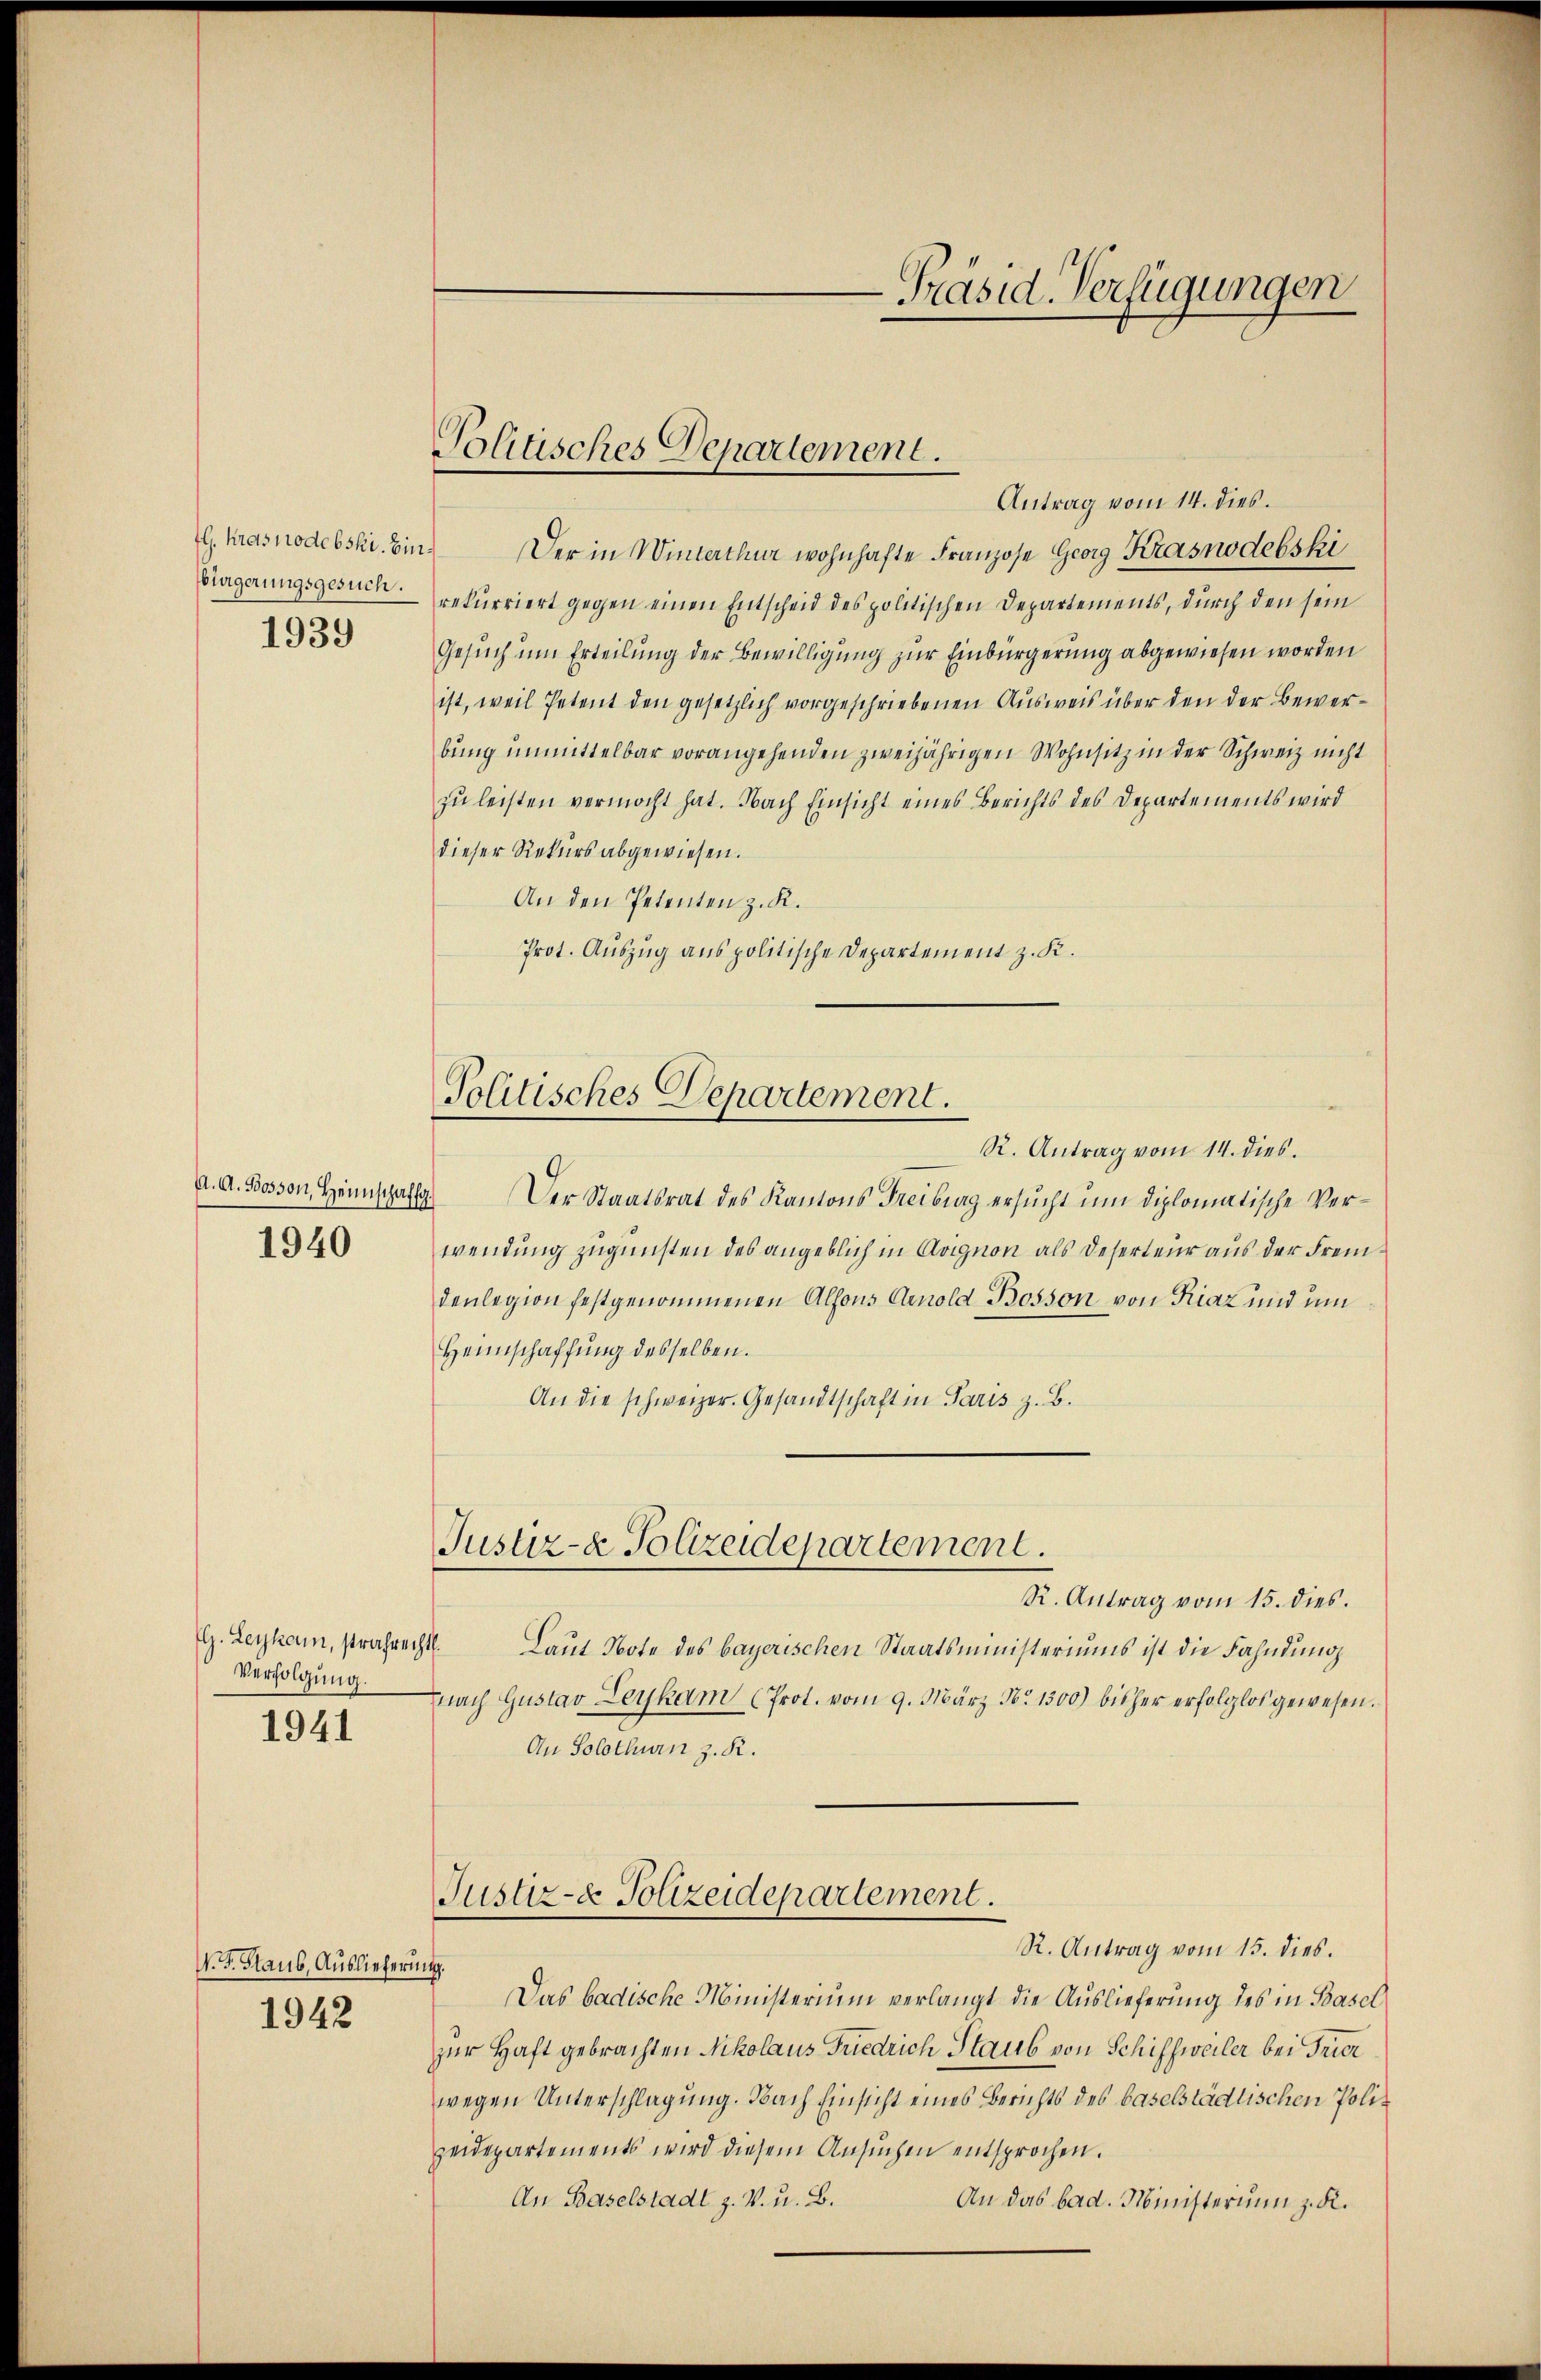
G. Krasnodebski. Die
bürgerungsgesuch.

1939

1940

Verfolgung.
1941

N. F. Staub, Auslieferung.

1942

Politisches Departement.

Politisches Departement.

-Präsid. Verfügungen

Antrag vom 14. dies.
2. Der in Winterthur wohnhafte Franzose Georg Krasnodebski
rekurriert gegen einen Entscheid des politischen Departements, durch den sein
Gesuch um Erteilung der Bewilligung zur Einbürgerung abgewiesen worden
ist, weil Petent den gesetzlich vorgeschriebenen Ausweis über den der Bewerbung unmittelbar vorangehenden zweijährigen Wohnsitz in der Schweiz nicht
zŭ leisten vermocht hat. Nach Einsicht eines Berichts des Departements wird
dieser Rekurs abgewiesen.
An den Petenten z. K.
Prot. Auszug aus politische Departement z. K.
R. Antrag vom 14. dies.
A. A. Bosson, Heimschaft. Der Staatsrat des Kantons Freiburg ersucht um diplomatische Verwendung zugunsten des angeblich in Avignon als Deserteier aus der Fremdenlegion festgenommenen Alfons Arnold Bosson von Fiaz und um
Heimschaffung desselben.
An die schweizer. Gesandtschaft in Paris z. B.
Justiz- & Polizeidepartement.
R. Antrag vom 15. dies.
. Leykann, strafrecht. Laut Note des bayerischen Staatsministeriums ist die Fahndung
nach Gustav Leykam (Prot. vom 9. März No. 1300) bisher erfolglos gewesen.
An Solothurn z. R.
Justiz- & Polizeidepartement.
R. Antrag vom 15. dies.
Das badische Ministerium verlangt die Auslieferung des in Basel
zur Haft gebrachten Nikolaus Friedrich Staub von Schiffweiler bei Trier
wegen Unterschlagung. Nach Einsicht eines Berichts des baselstädtischen Polizeidepartements wird diesem Ansuchen entsprochen.
An Baselstadt z. V. u. B.
An das bad. Ministerium z. K.